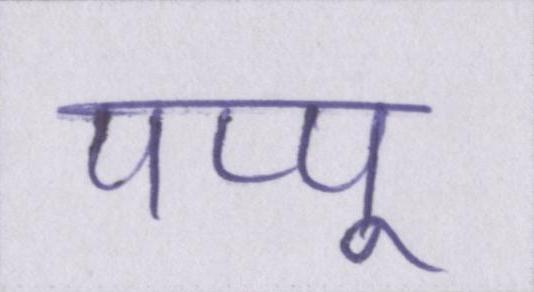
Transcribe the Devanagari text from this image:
पप्पू